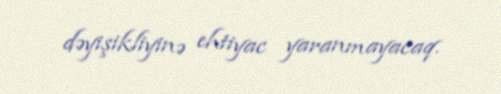
dəyişikliyinə ehtiyac yaranmayacaq.